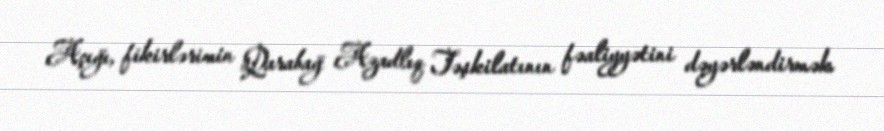
Açığı, fikirlərimin Qarabağ Azadlıq Təşkilatının fəaliyyətini dəyərləndirmək